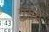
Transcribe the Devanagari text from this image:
गुमम